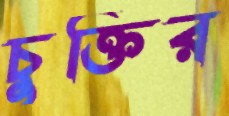
চুক্তির